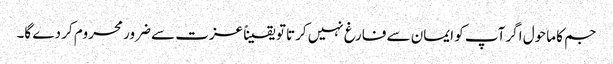
جم کا ماحول اگر آپ کو ایمان سے فارغ نہیں کرتا تو یقیناً عزت سے ضرور محروم کر دے گا۔